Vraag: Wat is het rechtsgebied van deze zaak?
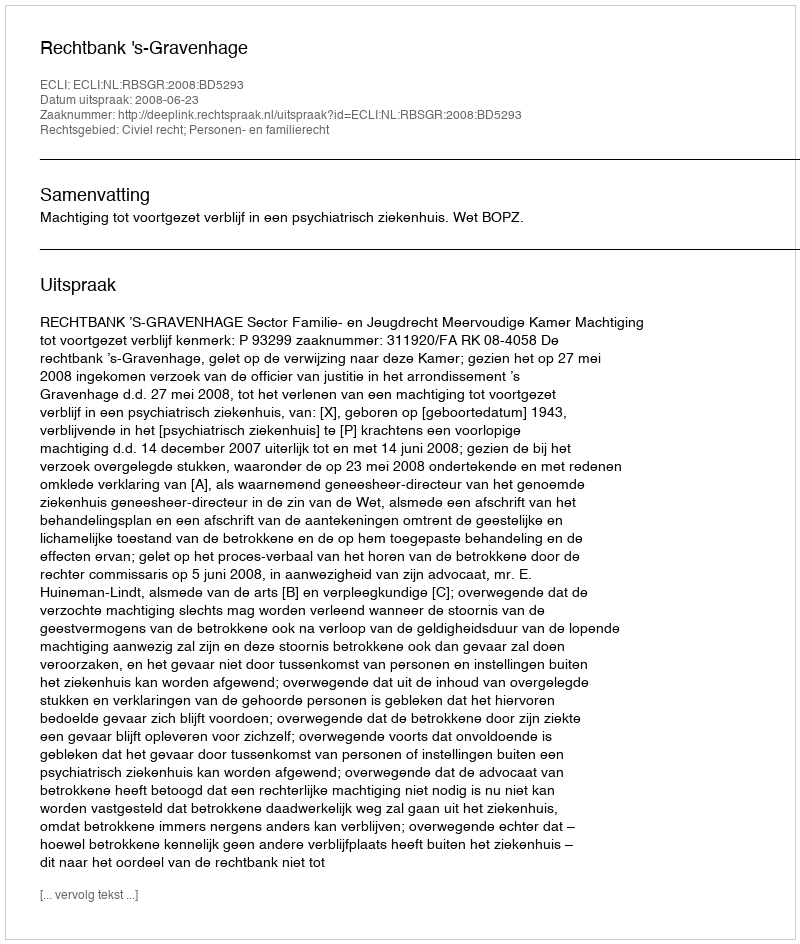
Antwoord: Civiel recht; Personen- en familierecht